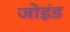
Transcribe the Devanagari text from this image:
जोइंड